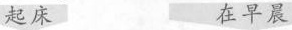
起床 在早晨